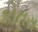
કોતરા